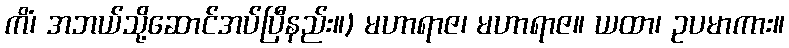
ကိံ၊ အဘယ်သို့ဆောင်အပ်ပြီနည်း။) မဟာရာဇ၊ မဟာရာဇ။ ယထာ၊ ဥပမာကား။